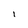
Character: 1